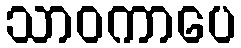
သာဝကာပေ